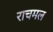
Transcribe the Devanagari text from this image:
राचमल